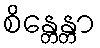
စိန္တေန္တာ